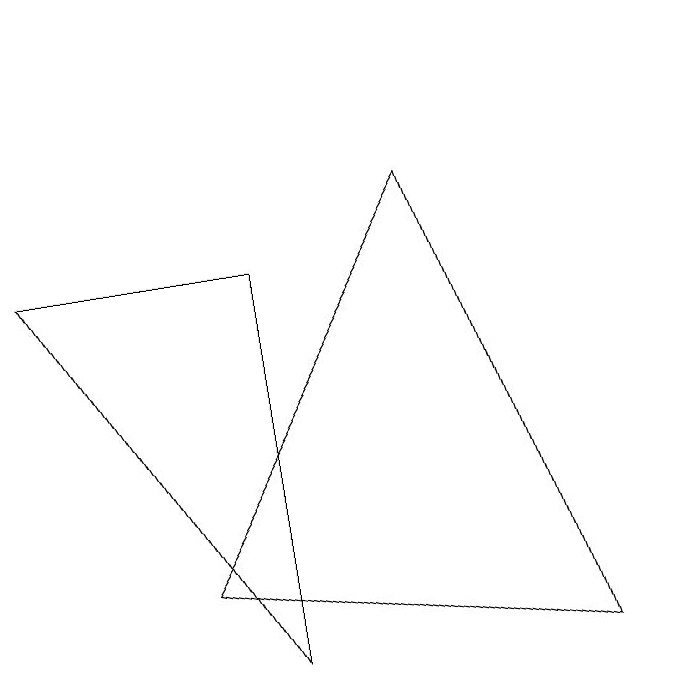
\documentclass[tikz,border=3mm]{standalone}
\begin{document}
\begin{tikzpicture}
\draw (10,10) circle (0);
\draw (9,2) -- (4,3) -- (7,8) -- cycle;
\draw (2,7) -- (5,7) -- (5,2) -- cycle;
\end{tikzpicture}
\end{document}